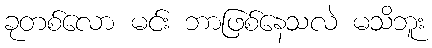
ခုတစ်လော မင်း ဘာဖြစ်နေသလဲ မသိဘူး